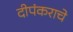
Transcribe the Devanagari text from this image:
दीपंकराचे